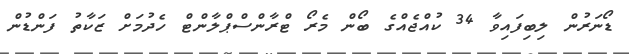
ޑޯނަރުން ލިބިފައިވާ 34 ކުއްޖެއްގެ ބޯން މެރޯ ޓްރާންސްޕްލާންޓް ހެދުމަށް ޒަކާތު ފަންޑުން